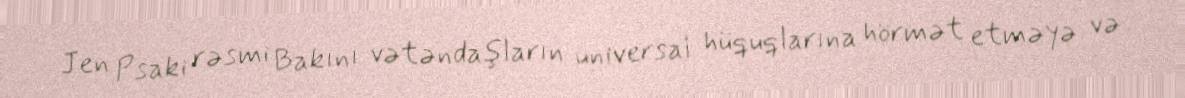
Jen Psaki rəsmi Bakını vətəndaşların universal hüquqlarına hörmət etməyə və